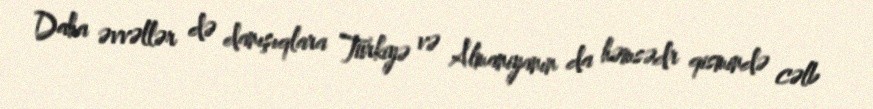
Daha əvvəllər də danışıqlara Türkiyə və Almaniyanın da həmsədr qismində cəlb